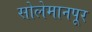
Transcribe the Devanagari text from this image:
सोलेमानपूर